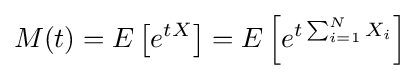
M(t)=E\left[e^{tX}\right]=E\left[e^{t\sum _{i=1}^{N}X_{i}}\right]